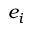
e _ { i }